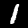
Digit: 1